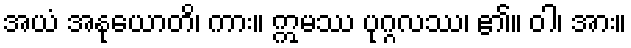
အယံ အနုယောတိ၊ ကား။ ဣမဿ ပုဂ္ဂလဿ၊ ၏။ ဝါ၊ အား။